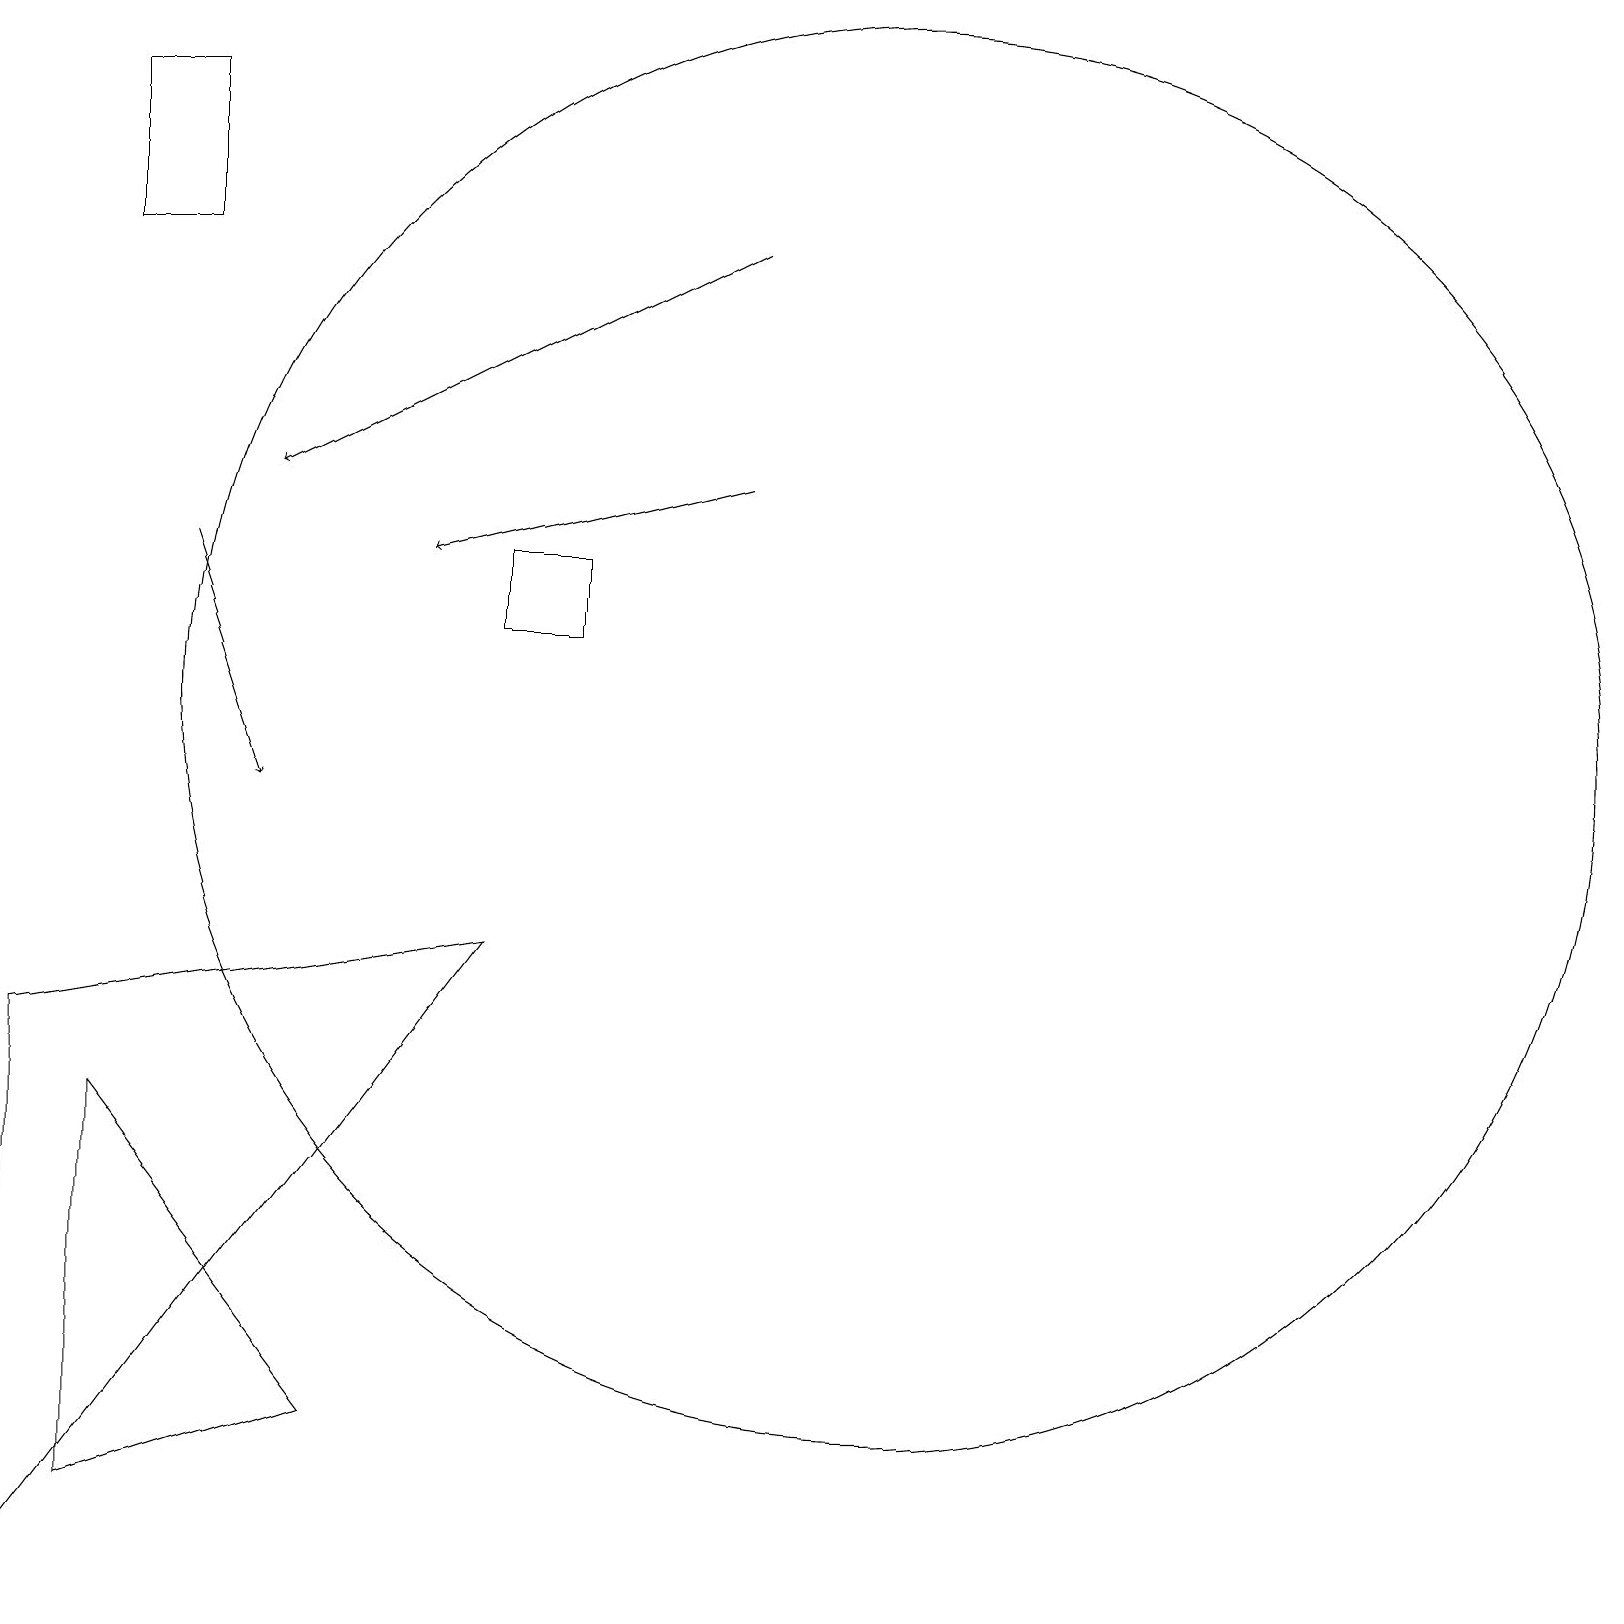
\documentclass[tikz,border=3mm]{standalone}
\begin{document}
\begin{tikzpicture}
\draw[->] (2,13) -- (3,10);
\draw (7,12) rectangle (6,13);
\draw (2,17) rectangle (1,19);
\draw (1,6) -- (1,1) -- (4,2) -- cycle;
\draw[->] (9,14) -- (5,13);
\draw (6,8) -- (0,7) -- (0,0) -- cycle;
\draw[->] (9,17) -- (3,14);
\draw (11,11) circle (9);
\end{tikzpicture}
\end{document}